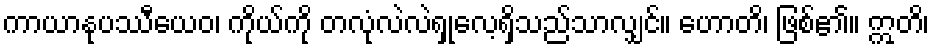
ကာယာနုပဿီယေဝ၊ ကိုယ်ကို တလုံလဲလဲရှုလေ့ရှိသည်သာလျှင်။ ဟောတိ၊ ဖြစ်၏။ ဣတိ၊